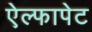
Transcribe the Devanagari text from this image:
ऐल्फापेट